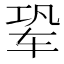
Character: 𬨆